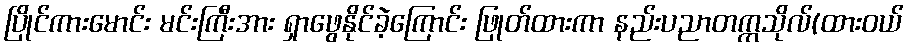
ပြိုင်ကားမောင်း မင်းကြီးအား ရှာဖွေနိုင်ခဲ့ကြောင်း ဖြုတ်ထားကာ နည်းပညာတက္ကသိုလ်(ထားဝယ်